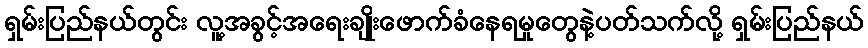
ရှမ်းပြည်နယ်တွင်း လူ့အခွင့်အရေးချိုးဖောက်ခံနေရမှုတွေနဲ့ပတ်သက်လို့ ရှမ်းပြည်နယ်